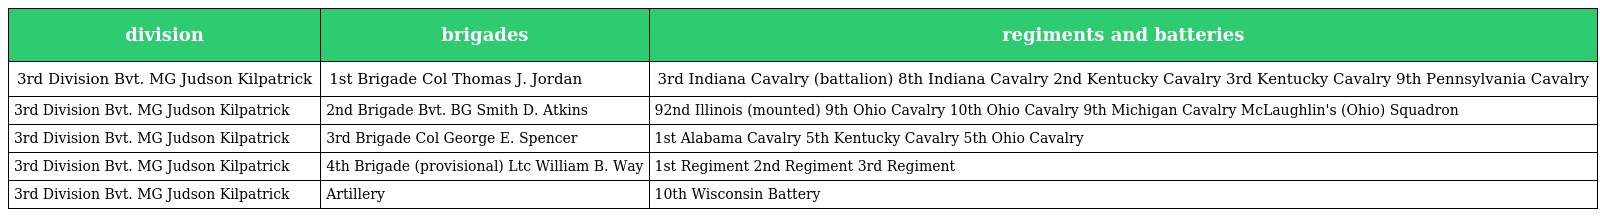
| division | brigades | regiments and batteries |
 | --- | --- | --- |
 | 3rd Division Bvt. MG Judson Kilpatrick | 1st Brigade Col Thomas J. Jordan | 3rd Indiana Cavalry (battalion) 8th Indiana Cavalry 2nd Kentucky Cavalry 3rd Kentucky Cavalry 9th Pennsylvania Cavalry |
 | 3rd Division Bvt. MG Judson Kilpatrick | 2nd Brigade Bvt. BG Smith D. Atkins | 92nd Illinois (mounted) 9th Ohio Cavalry 10th Ohio Cavalry 9th Michigan Cavalry McLaughlin's (Ohio) Squadron |
 | 3rd Division Bvt. MG Judson Kilpatrick | 3rd Brigade Col George E. Spencer | 1st Alabama Cavalry 5th Kentucky Cavalry 5th Ohio Cavalry |
 | 3rd Division Bvt. MG Judson Kilpatrick | 4th Brigade (provisional) Ltc William B. Way | 1st Regiment 2nd Regiment 3rd Regiment |
 | 3rd Division Bvt. MG Judson Kilpatrick | Artillery | 10th Wisconsin Battery |